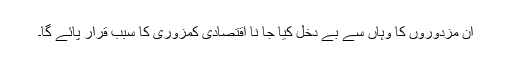
ان مزدوروں کا وہاں سے بے دخل کیا جا نا اقتصادی کمزوری کا سبب قرار پائے گا۔